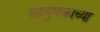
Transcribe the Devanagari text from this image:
सहगुणकाच्या